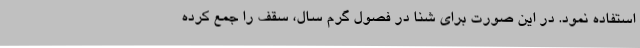
استفاده نمود. در این صورت برای شنا در فصول گرم سال، سقف را جمع کرده